Civil Veterinary Dept. Assam report 1927-50 - 1927-1950
Year: 1927
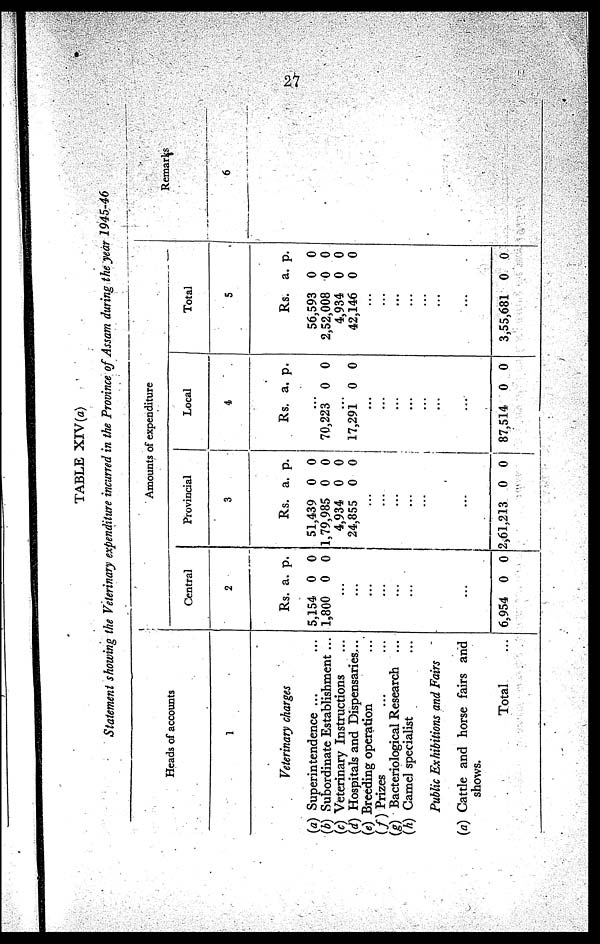
27
TABLE XIV(a)
Statement showing the Veterinary expenditure incurred in the Province of Assam during the year 1945-46
Heads of accounts
1
Veterinary charges
(a) Superintendence ...
(b) Subordinate Establishment ...
(c) Veterinary Instructions ...
(d) Hospitals and Dispensaries...
(e) Breeding operation ...
(f) Prizes
...
...
(g) Bacteriological Research ...
(h) Camel specialist ...
Public Exhibitions and Fairs
(a) Cattle and horse fairs and
shows.
Total ...
Amounts of expenditure
Central
2
Rs.
5,154
1,800
...
...
...
...
...
...
...
6,954
a.
0
0
0
p.
0
0
0
Provincial
3
Rs.
51,439
1,79,985
4,934
24,855
...
...
...
...
...
...
2,61,213
a.
0
0
0
0
0
p.
0
0
0
0
0
Local
4
Rs.
...
70,223
..
17,291
...
...
...
...
...
...
...
87,514
a.
0
.
0
0
p.
0
0
0
Total
5
Rs.
56,593
2,52,008
4,934
42,146
...
...
...
...
...
...
...
3,55,681
a.
0
0
0
0
0
p.
0
0
0
0
0
Remarks
6